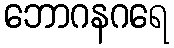
ဘောဂနဂရေ